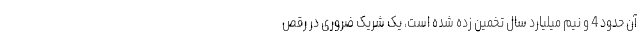
آن حدود 4 و نیم میلیارد سال تخمین زده شده است، یک شریک ضروری در رقص